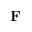
{ \bf F }